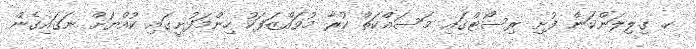
ކ. ގިލިލަންކަން ފުށި ރިސޯޓްގައި މަސައްކަތް ކުރާ މުވައްޒަފަކު ހިންމަފުށީގައި ކުއްޔަށް ނަގައިގެން